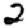
Digit: 2